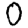
Digit: 0